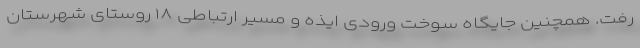
رفت. همچنین جایگاه سوخت ورودی ایذه و مسیر ارتباطی ۱۸ روستای شهرستان